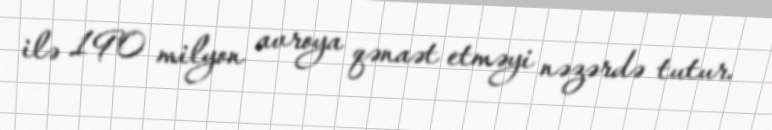
ilə 190 milyon avroya qənaət etməyi nəzərdə tutur.